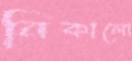
নিকালো